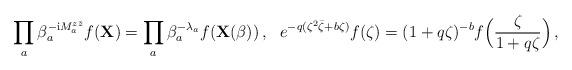
LaTeX: \begin{align*}\!\! \prod_a \beta_a^{-{\rm i} M_a^{z\bar{z}}}f({\bf X})=\prod_a\beta_a^{-\lambda_a}f({\bf X}(\beta))\,,\quad\!\!e^{-q(\zeta^2\bar{\zeta}+b\zeta)}f(\zeta)=(1+q\zeta)^{-b}f\Bigl(\frac{\zeta}{1+q\zeta}\Bigr)\,,\end{align*}